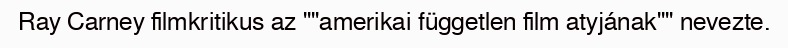
Ray Carney filmkritikus az ""amerikai független film atyjának"" nevezte.